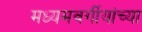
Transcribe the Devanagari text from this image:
मध्यमवर्गीयांच्या